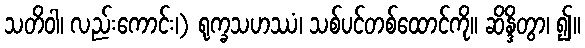
သတိဝါ၊ လည်းကောင်း၊) ရုက္ခသဟဿံ၊ သစ်ပင်တစ်ထောင်ကို။ ဆိန္ဒိတွာ၊ ၍။